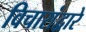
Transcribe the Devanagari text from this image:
विचारांद्वारे